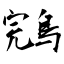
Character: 鵍